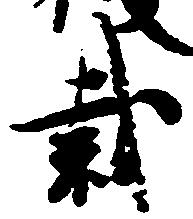
裁